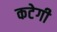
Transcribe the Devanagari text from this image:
कटेगी